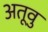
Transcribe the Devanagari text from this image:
अतूवु